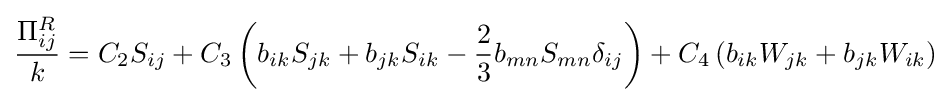
{\frac {\Pi _{ij}^{R}}{k}}=C_{2}S_{ij}+C_{3}\left(b_{ik}S_{jk}+b_{jk}S_{ik}-{\frac {2}{3}}b_{mn}S_{mn}\delta _{ij}\right)+C_{4}\left(b_{ik}W_{jk}+b_{jk}W_{ik}\right)